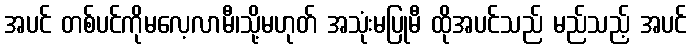
အပင် တစ်ပင်ကိုမလေ့လာမီ၊သို့မဟုတ် အသုံးမပြုမီ ထိုအပင်သည် မည်သည့် အပင်